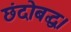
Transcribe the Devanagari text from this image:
छंदोबद्ध।